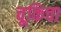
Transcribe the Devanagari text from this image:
चूकिचा